system: You are a helpful assistant.
user:
Analyze the provided spectrum to determine if it is a **White Dwarf (WD)**.

A White Dwarf spectrum is defined by its **extreme purity** (due to gravitational settling) and/or **extreme pressure broadening** (due to high surface gravity). You must check for one of the following mutually exclusive signatures:

- **Key Visual Indicators (Check for ONE of these types):**

    - **1. DA-Type Signature (Most Common):**
        - **(Primary Feature):** Extreme pressure broadening (Stark broadening) of the **Hydrogen (H) Balmer lines**.
        - **(Key Lines):** $H\beta$ (approx. $4861$ Å) and $H\gamma$ (approx. $4340$ Å). $H\alpha$ (approx. $6563$ Å) will also be present if the wavelength range covers it.
        - **(Line Profile):** This is the **defining feature**. The lines are **NOT** sharp. They appear as massive, **extremely broad and deep "troughs" or "dips"** in the spectrum, often hundreds of Ångströms wide. The continuum will appear to "scoop" down at these wavelengths.
        - **(Distinction):** Normal A-type or B-type stars have *narrow* and *sharp* Hydrogen lines. A DA White Dwarf's lines are unmistakably "smeared" or "blurry" from pressure.

    - **2. DB-Type Signature:**
        - **(Primary Feature):** Broad absorption lines from **Neutral Helium (He I)**. The spectrum must lack any visible Hydrogen lines.
        - **(Key Lines):** Look for broad absorption near $4471$ Å, $4921$ Å, and $5876$ Å.
        - **(Line Profile):** These lines are also significantly pressure-broadened, appearing much wider than they would in a normal B-type main-sequence star.

    - **3. DC-Type Signature:**
        - **(Primary Feature):** A **featureless continuous spectrum**.
        - **(Line Profile):** The spectrum is a smooth curve with **no significant absorption or emission lines**.
        - **(Key Confirmation):** The continuum is almost always **blue or white**, indicating a hot object. This signature implies the atmosphere is so pure (or so cool) that no spectral lines are visible in the optical range. Its WD identity is confirmed by its extremely low intrinsic brightness (high absolute magnitude).

    - **4. DZ-Type Signature (Metal-Polluted):**
        - **(Primary Feature):** **Isolated, narrow metal absorption lines** on an otherwise featureless (DC-like) continuum.
        - **(Key Lines):** The **Calcium (Ca II) H & K doublet** (approx. **$3934$ Å** and **$3968$ Å**) is the most common and defining feature.
        - **(Line Profile):** These lines are "out of place." They are *not* part of a "forest" of thousands of lines. This signature is evidence of recent *accretion* (pollution) from rocky debris.
        - **(Distinction):** Normal G/K/M stars have a *dense forest* of thousands of metal lines. A DZ has a *clean* continuum with *only a few* strong metal lines.

    - **5. DQ-Type Signature (Carbon-Polluted):**
        - **(Primary Feature):** Absorption bands from **Carbon (C₂ "Swan Bands" or atomic C I)**.
        - **(Key Lines - C₂):** Look for bandheads with a "saw-tooth" shape near $5635$ Å, **$5165$ Å** (strongest), and $4737$ Å.
        - **(Key Confirmation):** The underlying **continuum must be blue or white** (hot).
        - **(Distinction):** This is the critical difference from a **Carbon Star**, which has the *exact same* C₂ bands but on an extremely **red, cool** continuum.

- **(Overall Spectrum):**
    - The continuum (overall shape) is typically **blue-sloping** (brighter in the blue than the red), as most white dwarfs are very hot.
    - The spectrum will look "pure" or "simple," dominated by only *one* of the five signatures listed above.

Think first, call **spectral_visualization_tool** if needed to examine features in detail, then provide your final answer. Your response must adhere to the following strict rules:
1.  **Overall Structure:** Your response must follow the format `<think>...</think> <tool_call>...</tool_call> (if a tool is used) <answer>...</answer>`.
2.  **Tool Usage Constraint:** You may only make **one** tool call per turn.
3.  **Final Answer Format:** In the `<answer>` tag, your conclusion must be inside a `\boxed{}` command (e.g., `\boxed{YES}` or `\boxed{NO}`), followed by your justification.

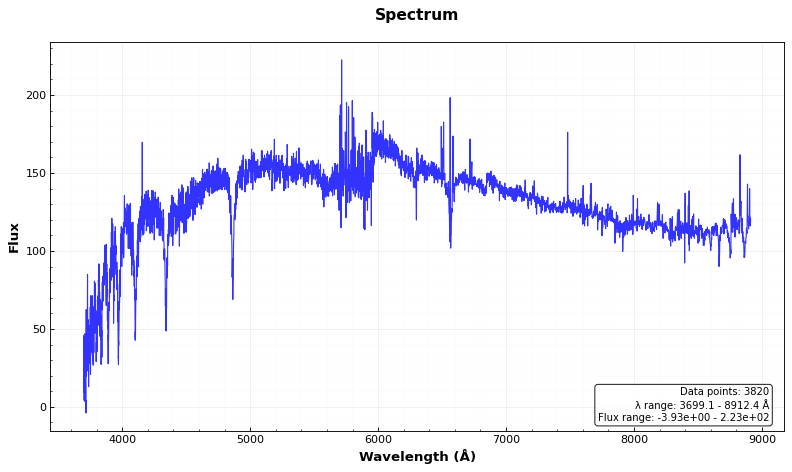
Answer: NO